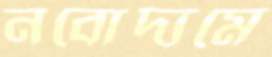
নবোদ্যমে